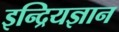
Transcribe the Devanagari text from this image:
इन्द्रियज्ञान